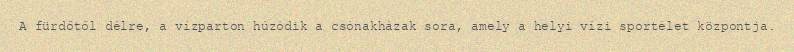
A fürdőtől délre, a vízparton húzódik a csónakházak sora, amely a helyi vízi sportélet központja.